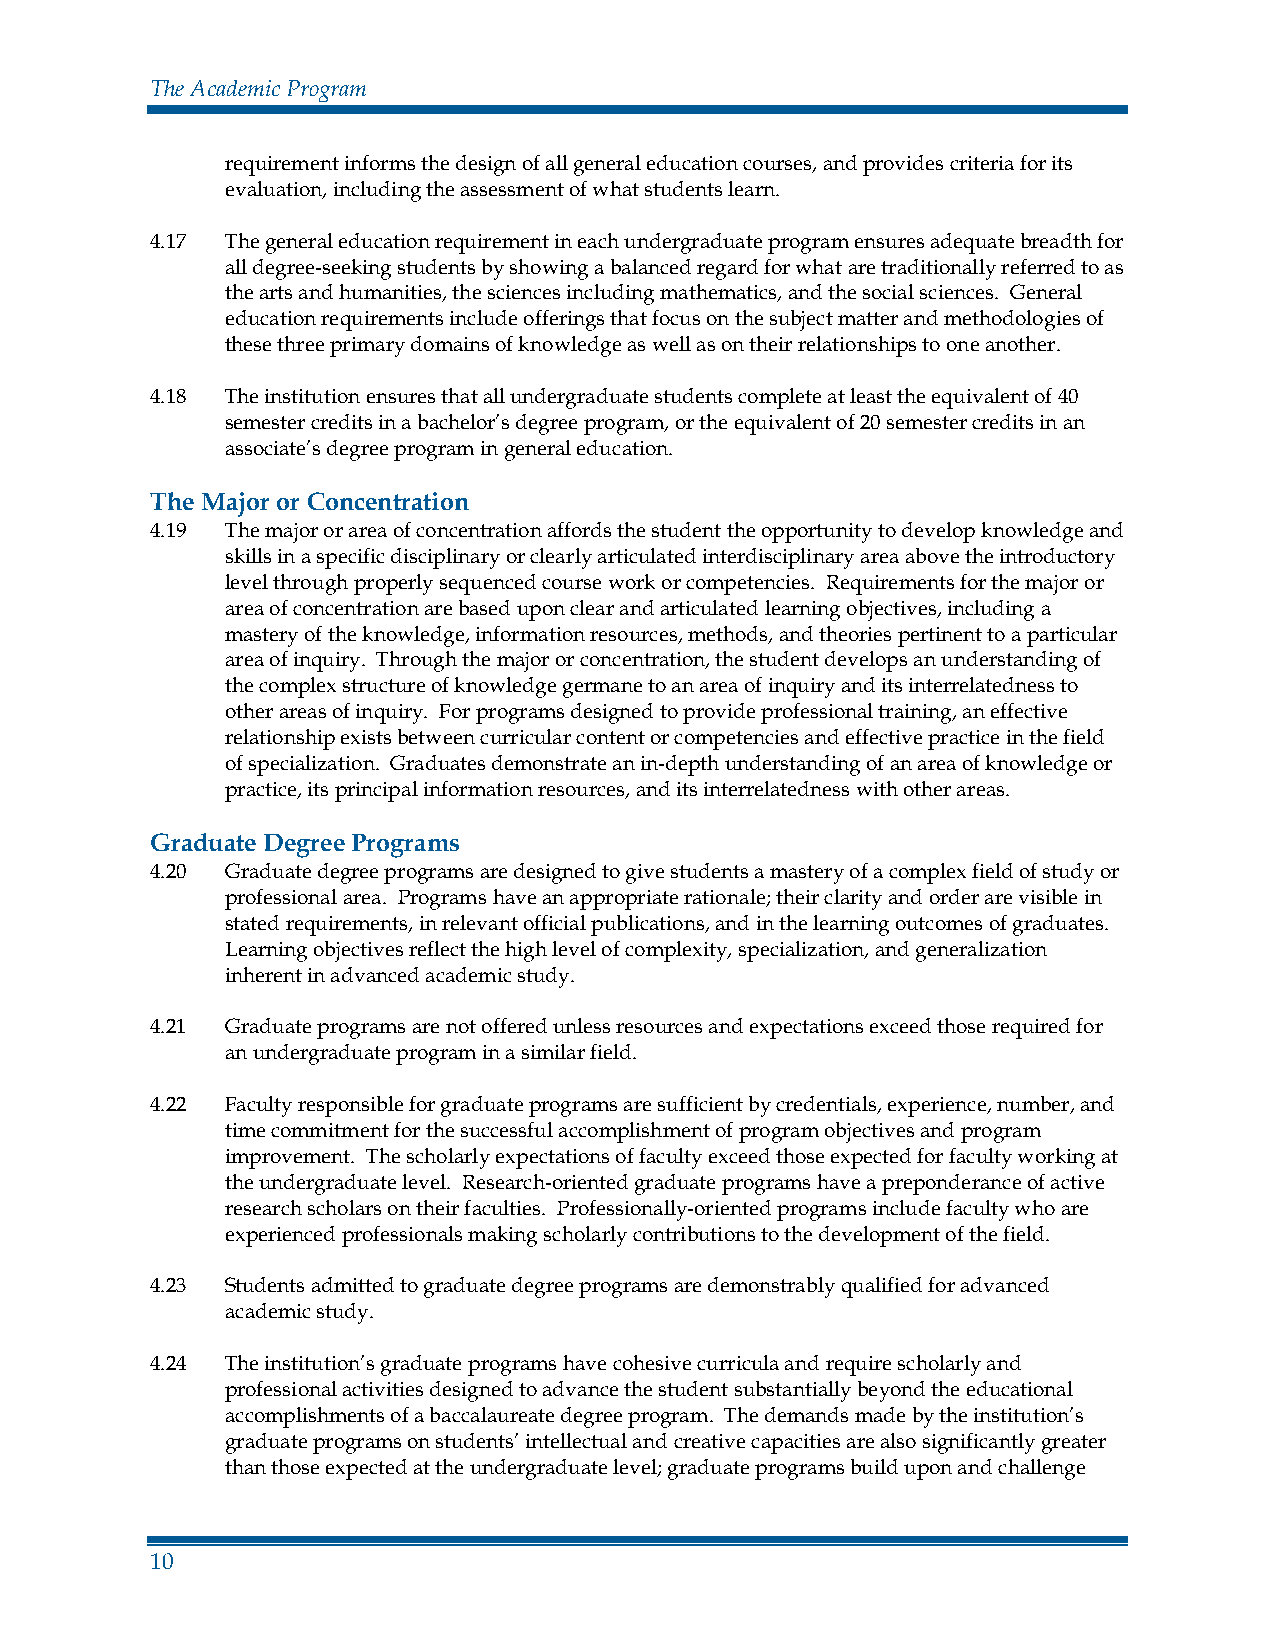
The Academic Program
 requirement informs the design of all general education courses, and provides criteria for its
 evaluation, including the assessment of what students learn.
 4.17 The general education requirement in each undergraduate program ensures adequate breadth for
 all degree-seeking students by showing a balanced regard for what are traditionally referred to as
 the arts and humanities, the sciences including mathematics, and the social sciences. General
 education requirements include offerings that focus on the subject matter and methodologies of
 these three primary domains of knowledge as well as on their relationships to one another.
 4.18 The institution ensures that all undergraduate students complete at least the equivalent of 40
 semester credits in a bachelor’s degree program, or the equivalent of 20 semester credits in an
 associate’s degree program in general education.
 The Major or Concentration
 4.19 The major or area of concentration affords the student the opportunity to develop knowledge and
 skills in a specific disciplinary or clearly articulated interdisciplinary area above the introductory
 level through properly sequenced course work or competencies. Requirements for the major or
 area of concentration are based upon clear and articulated learning objectives, including a
 mastery of the knowledge, information resources, methods, and theories pertinent to a particular
 area of inquiry. Through the major or concentration, the student develops an understanding of
 the complex structure of knowledge germane to an area of inquiry and its interrelatedness to
 other areas of inquiry. For programs designed to provide professional training, an effective
 relationship exists between curricular content or competencies and effective practice in the field
 of specialization. Graduates demonstrate an in-depth understanding of an area of knowledge or
 practice, its principal information resources, and its interrelatedness with other areas.
 Graduate Degree Programs
 4.20 Graduate degree programs are designed to give students a mastery of a complex field of study or
 professional area. Programs have an appropriate rationale; their clarity and order are visible in
 stated requirements, in relevant official publications, and in the learning outcomes of graduates.
 Learning objectives reflect the high level of complexity, specialization, and generalization
 inherent in advanced academic study.
 4.21 Graduate programs are not offered unless resources and expectations exceed those required for
 an undergraduate program in a similar field.
 4.22 Faculty responsible for graduate programs are sufficient by credentials, experience, number, and
 time commitment for the successful accomplishment of program objectives and program
 improvement. The scholarly expectations of faculty exceed those expected for faculty working at
 the undergraduate level. Research-oriented graduate programs have a preponderance of active
 research scholars on their faculties. Professionally-oriented programs include faculty who are
 experienced professionals making scholarly contributions to the development of the field.
 4.23 Students admitted to graduate degree programs are demonstrably qualified for advanced
 academic study.
 4.24 The institution’s graduate programs have cohesive curricula and require scholarly and
 professional activities designed to advance the student substantially beyond the educational
 accomplishments of a baccalaureate degree program. The demands made by the institution’s
 graduate programs on students’ intellectual and creative capacities are also significantly greater
 than those expected at the undergraduate level; graduate programs build upon and challenge
 10